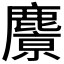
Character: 𪋔